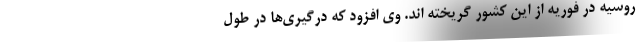
روسیه در فوریه از این کشور گریخته اند. وی افزود که درگیری‌ها در طول